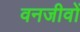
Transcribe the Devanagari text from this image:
वनजीवों